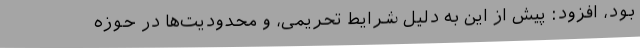
بود، افزود: پیش از این به دلیل شرایط تحریمی، و محدودیت‌ها در حوزه